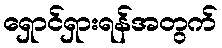
ရှောင်ရှားရန်အတွက်